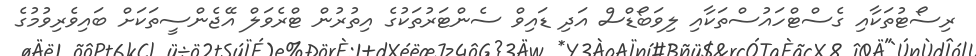
ރިސޯޓުތަކާއި ގެސްޓްހައުސްތަކާއި ލިވަބޯޑްސް އަދި ޑައިވް ސެންޓަރުތަކުގެ އިތުރުން ޓްރެވަލް އޭޖެންސީތަކަށް ބައިވެރިވުމުގެ